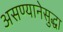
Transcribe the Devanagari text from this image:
असण्यानेसुद्धा